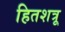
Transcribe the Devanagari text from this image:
हितशत्रू